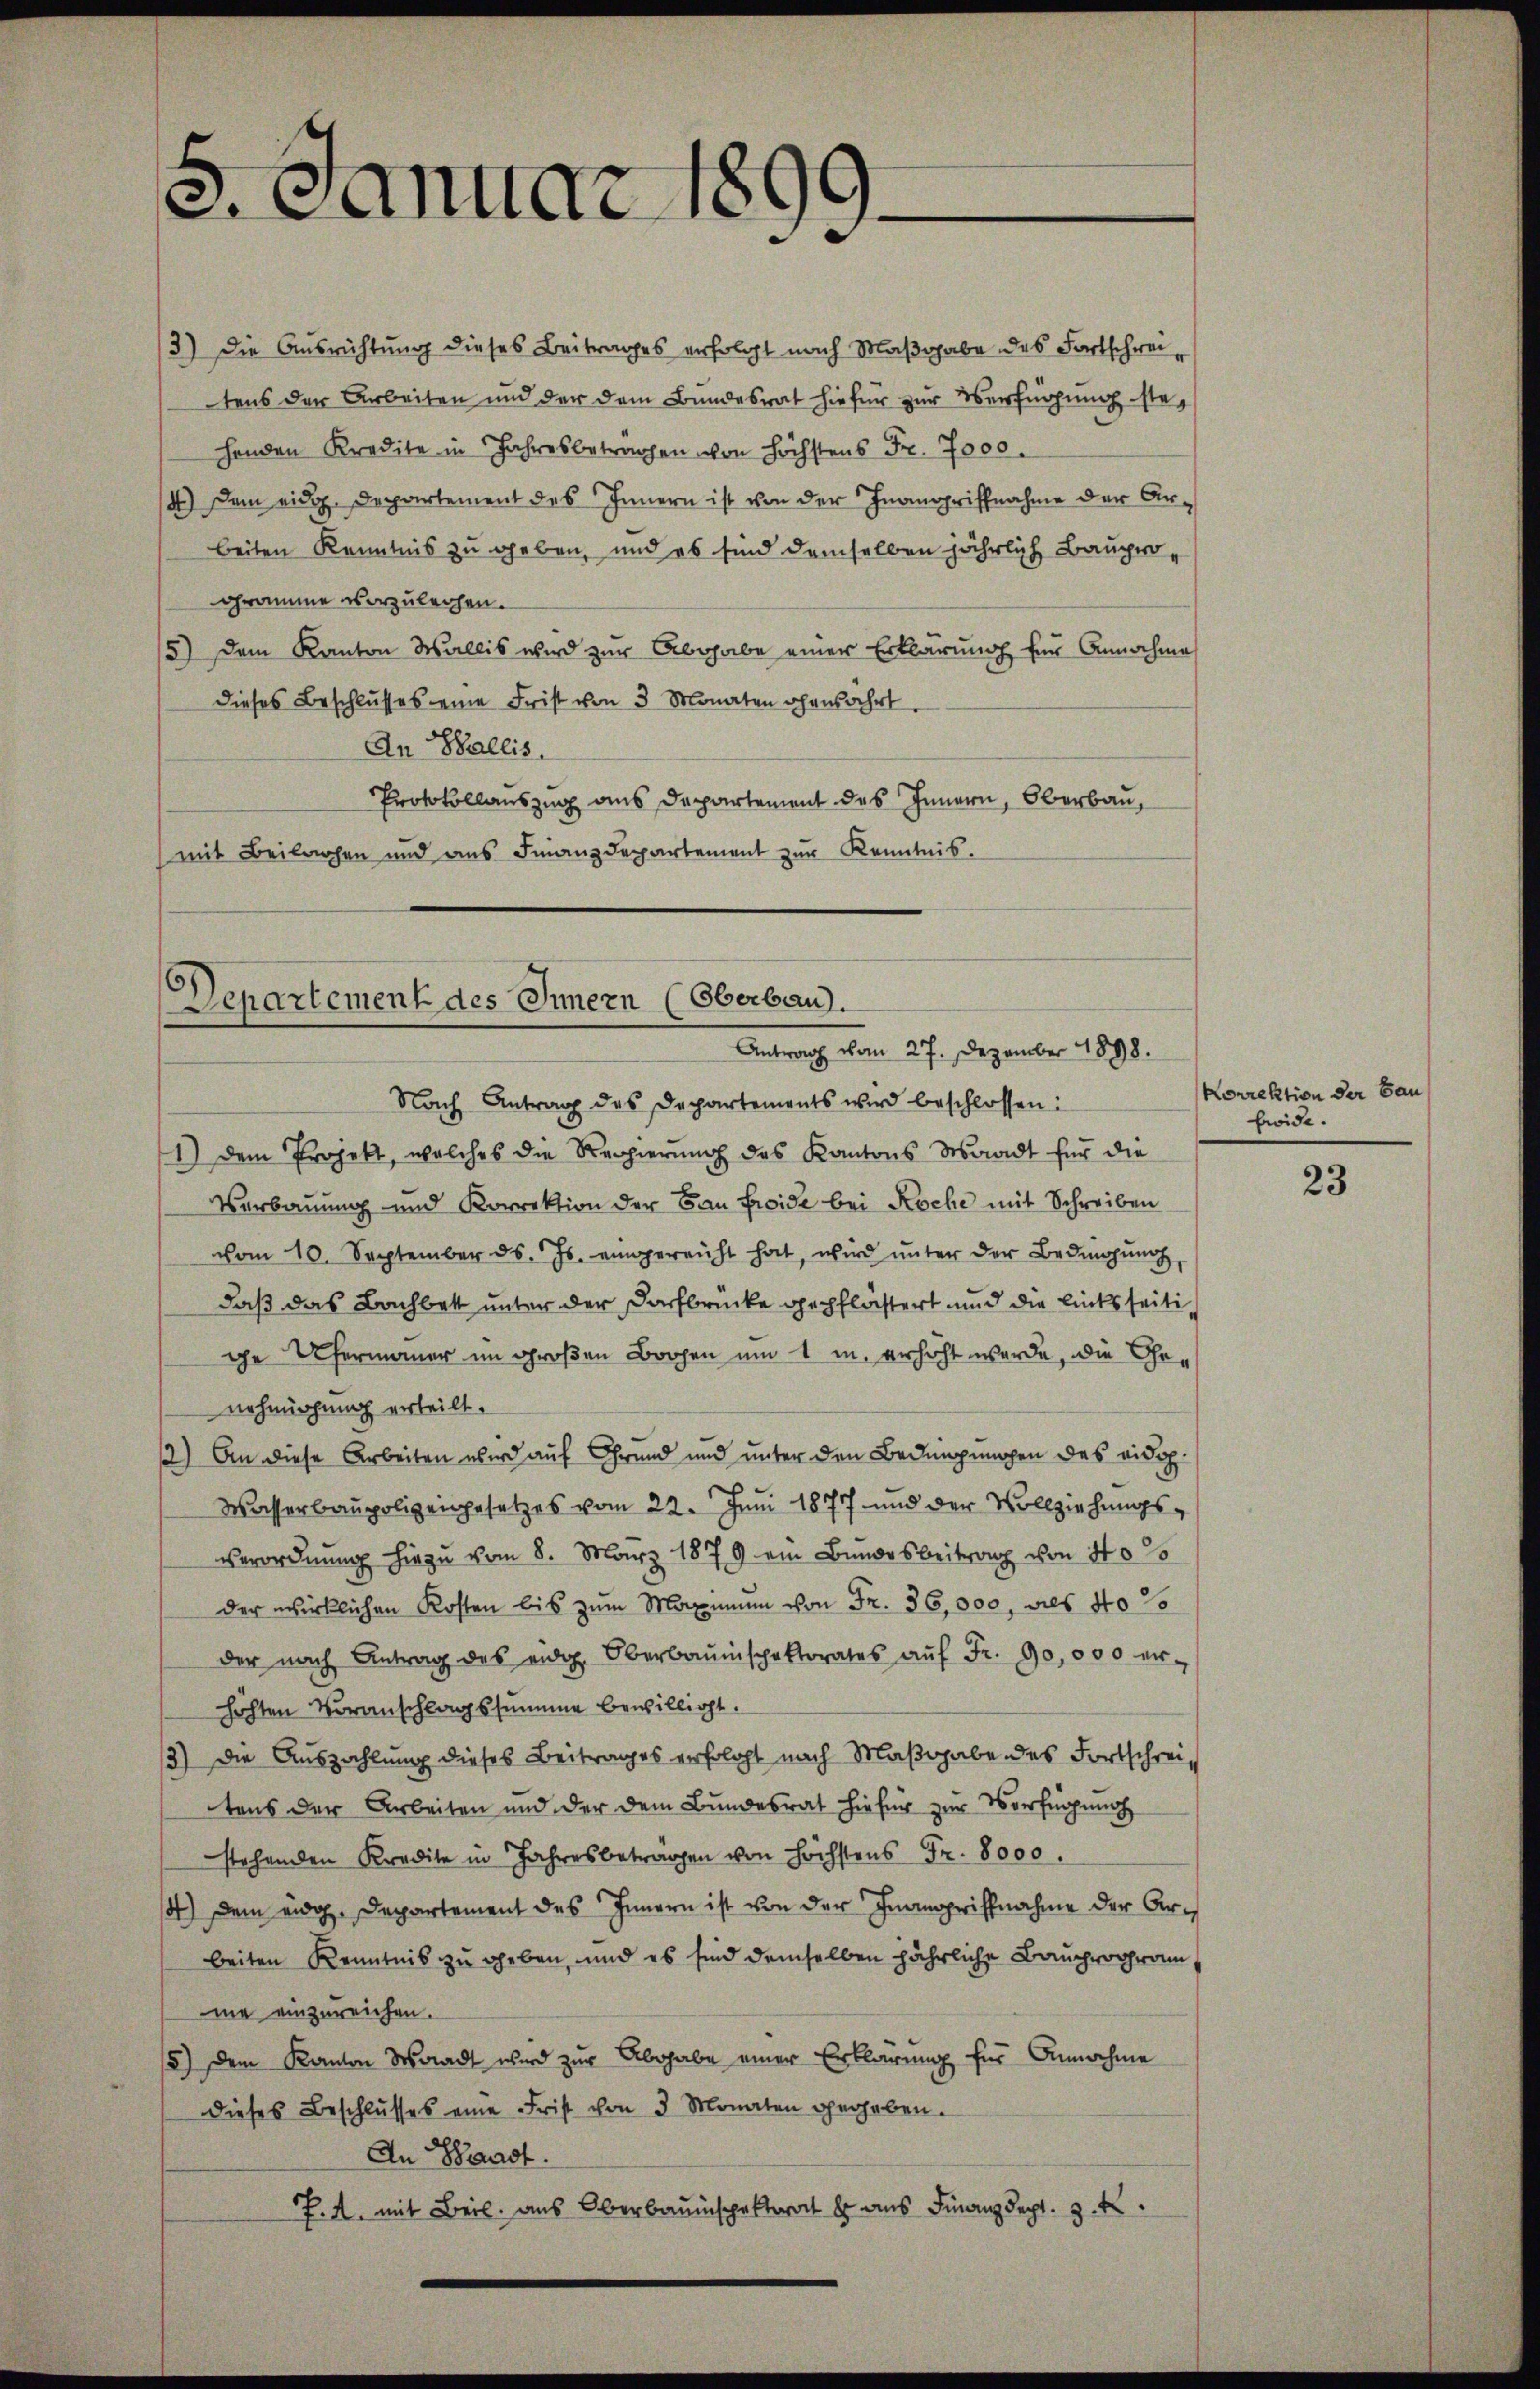
2. Januar 1899.

3) Die Ausrichtung dieses Beitrages erfolgt nach Maßgabe des Fortschreitens der Arbeiten und der dem Bundesrat hiefür zur Verfügung stehenden Kredite in Jahresbetragen von höchstens Fr. 7000.
4.) Dem eidg. Departement des Innern ist von der Inangriffnahme der Arbeiten Kenntnis zu geben, und es sind demselben jährlich Baupergramme vorzuleihen.
5) Dem Kanton Wallis wird zur Abgabe einer Erklärung für Annahme
dieses Beschlusses eine Frist von 3 Monaten ehewährt.
An Wallis.
Protokollauszug aus Departement des Innern, Oberbau,
(mit Beilagen und ans Finanzdepartement zŭr Kenntnis.

Departement des Innern (Oberbau.
Antrag vom 27. Dezember 1898.
Nach Antrag des Departements wird beschlossen:

1) dem Projekt, welches die Regierŭng des Kantons Waadt für die
Verbauung und Korrektion der Bau Freide bei Koche mit Schreiben
vom 10. September ds. Js. eingereicht hat, wird ŭnter der Bedingŭng,
daß das Bachbett unter der Dorfbrücke gepflästert und die linksseitige Ufermauer im großen Brohen um 1 in erhöht werde, die Genehmigung erteilt.
) An diese Arbeiten wird auf Grund und unter den Bedingungen des eidop¬
Wasserbaupolizeigesetzes vom 22. Juni 1877 und der Vollziehungsverordnŭng hiezu vom 8. März 1879 ein Bundesbeitrag von 40%
der wirklichen Kosten bis zum Maximum von Fr. 36,000, als 40 so
der nach Antrag des eidg. Oberbauinspektorates aŭf Fr. 90,000 er-
höhten Voranschlagssumme bewilligt.
13) Die Auszahlung dieses Beitrages erfolgt nach Maßgabe des Fortschreitens der Arbeiten und der dem Bundesrat hiefür zur Verfügung
stehenden Kredite in Jahresbetragen von höchstens Fr. 8000.
14) Dem eidg. Departement des Innern ist von der Inangriffnahme der Arbeiten Kenntnis zu geben, und es sind demselben jährliche Bauchwogramme einzureichen.
15) Dem Kanton Waadt wird zur Abgabe einer Erklärung für Annahme
dieses Beschlŭsses eine Frist von 3 Monaten gegeben.
An Waadt.
J. A. mit Beil. aus Oberbauinspektorat er aus Finanzdept. 3. k

Korrektion der Bau
fride.

23